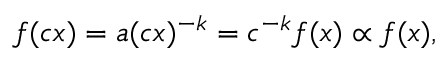
f ( c x ) = a ( c x ) ^ { - k } = c ^ { - k } f ( x ) \propto f ( x ) ,